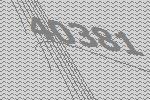
40381